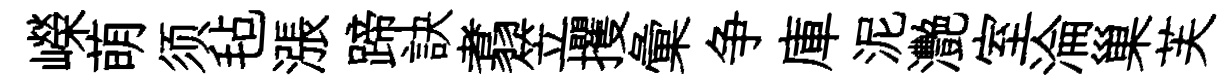
嶸萌须毡漲蹄訣翥笠攫彙争庫泥灧室淪巢芙